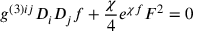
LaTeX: g ^ { ( 3 ) i j } D _ { i } D _ { j } f + \frac { \chi } { 4 } e ^ { \chi f } F ^ { 2 } = 0